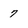
Character: 7